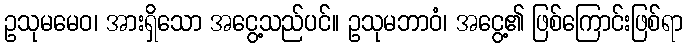
ဥသုမမေဝ၊ အားရှိသော အငွေ့သည်ပင်။ ဥသုမဘာဝံ၊ အငွေ့၏ ဖြစ်ကြောင်းဖြစ်ရာ